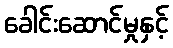
ခေါင်းဆောင်မှုနှင့်